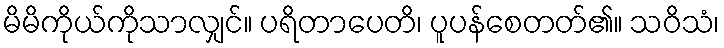
မိမိကိုယ်ကိုသာလျှင်။ ပရိတာပေတိ၊ ပူပန်စေတတ်၏။ သဝိသံ၊